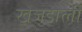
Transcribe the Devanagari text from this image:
खेजडोली